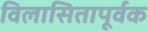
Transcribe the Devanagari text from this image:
विलासितापूर्वक